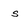
Character: s